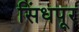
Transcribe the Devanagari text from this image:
सिंधपूर